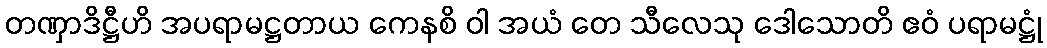
တဏှာဒိဋ္ဌီဟိ အပရာမဋ္ဌတာယ ကေနစိ ဝါ အယံ တေ သီလေသု ဒေါသောတိ ဧဝံ ပရာမဋ္ဌုံ